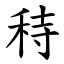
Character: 秲